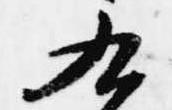
九